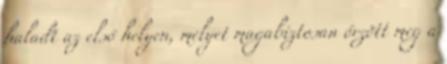
haladt az első helyen, melyet magabiztosan őrzött meg a